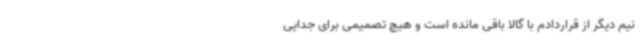
نیم دیگر از قراردادم با گالا باقی مانده است و هیچ تصمیمی برای جدایی